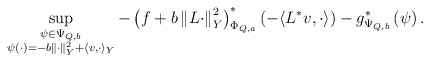
\begin{align*} \sup_{\substack{\psi\in \Psi_{Q,b} \\ \psi (\cdot)= -b\Vert \cdot \Vert^2_Y + \langle v, \cdot \rangle_Y} } -\left(f+ b\left\Vert L \cdot \right\Vert _{Y}^{2}\right)^{*}_{\Phi_{Q,a}} \left( -\langle L^* v, \cdot \rangle\right)-g^{*}_{\Psi_{Q,b}} \left(\psi\right).\end{align*}